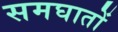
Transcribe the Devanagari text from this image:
समघातों